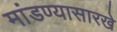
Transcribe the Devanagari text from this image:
मांडण्यासारखे